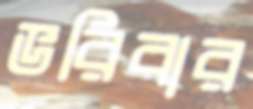
ভরিবার